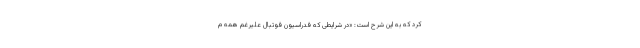
کرد که به این شرح است: «در شرایطی که فدراسیون فوتبال علیرغم همه م